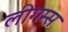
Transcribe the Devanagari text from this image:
लीगम्स